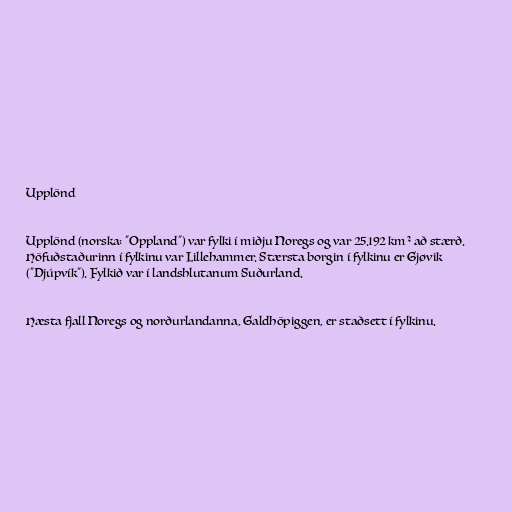
Upplönd

Upplönd (norska: "Oppland") var fylki í miðju Noregs og var 25.192 km² að stærð.
Höfuðstaðurinn í fylkinu var Lillehammer. Stærsta borgin í fylkinu er Gjøvik
("Djúpvík"). Fylkið var í landshlutanum Suðurland.

Hæsta fjall Noregs og norðurlandanna, Galdhöpiggen, er staðsett í fylkinu.